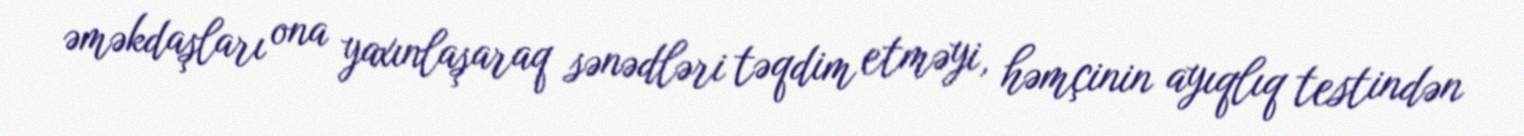
əməkdaşları ona yaxınlaşaraq sənədləri təqdim etməyi, həmçinin ayıqlıq testindən